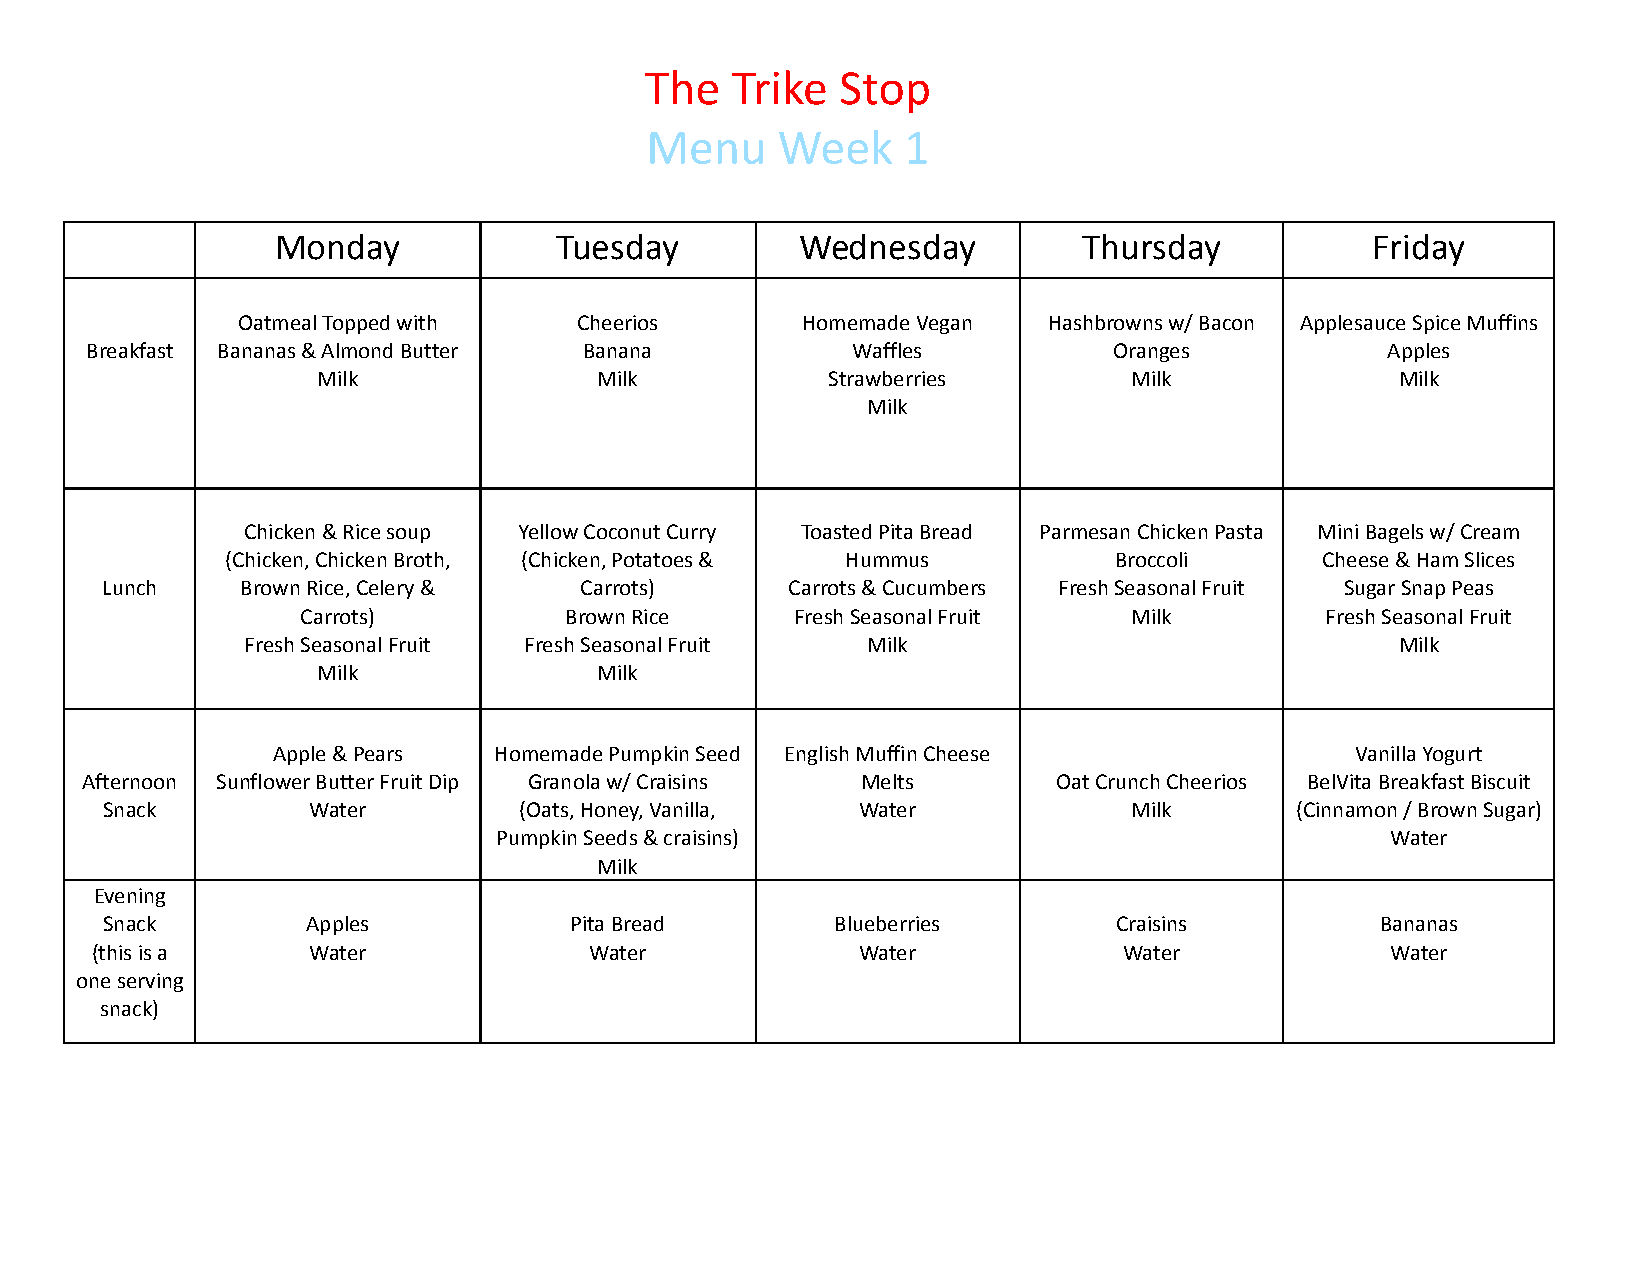
The  Trike   Stop
 Menu    Week     1
 Monday             Tuesday         Wednesday          Thursday           Friday
 Oatmeal Topped with   Cheerios       Homemade Vegan  Hashbrowns w/ Bacon Applesauce Spice Muffins
 Breakfast Bananas & Almond Butter Banana          Waffles           Oranges           Apples
 Milk               Milk           Strawberries        Milk              Milk
 Milk
 Chicken & Rice soup Yellow Coconut Curry Toasted Pita Bread Parmesan Chicken Pasta Mini Bagels w/ Cream
 (Chicken, Chicken Broth, (Chicken, Potatoes & Hummus       Broccoli     Cheese & Ham Slices
 Lunch    Brown Rice, Celery &  Carrots)      Carrots & Cucumbers Fresh Seasonal Fruit Sugar Snap Peas
 Carrots)         Brown Rice      Fresh Seasonal Fruit  Milk         Fresh Seasonal Fruit
 Fresh Seasonal Fruit Fresh Seasonal Fruit Milk                               Milk
 Milk               Milk
 Apple & Pears  Homemade Pumpkin Seed English Muffin Cheese              Vanilla Yogurt
 Afternoon Sunflower Butter Fruit Dip Granola w/ Craisins Melts   Oat Crunch Cheerios BelVita Breakfast Biscuit
 Snack        Water         (Oats, Honey, Vanilla, Water             Milk       (Cinnamon / Brown Sugar)
 Pumpkin Seeds & craisins)                                  Water
 Milk
 Evening
 Snack        Apples            Pita Bread       Blueberries        Craisins         Bananas
 (this is a    Water              Water             Water            Water             Water
 one serving
 snack)